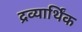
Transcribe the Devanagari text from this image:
द्रव्यार्थिंक